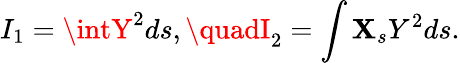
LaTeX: I_{1}=\intY^{2}ds,\quadI_{2}=\int\mathbf{X}_{s}Y^{2}ds.